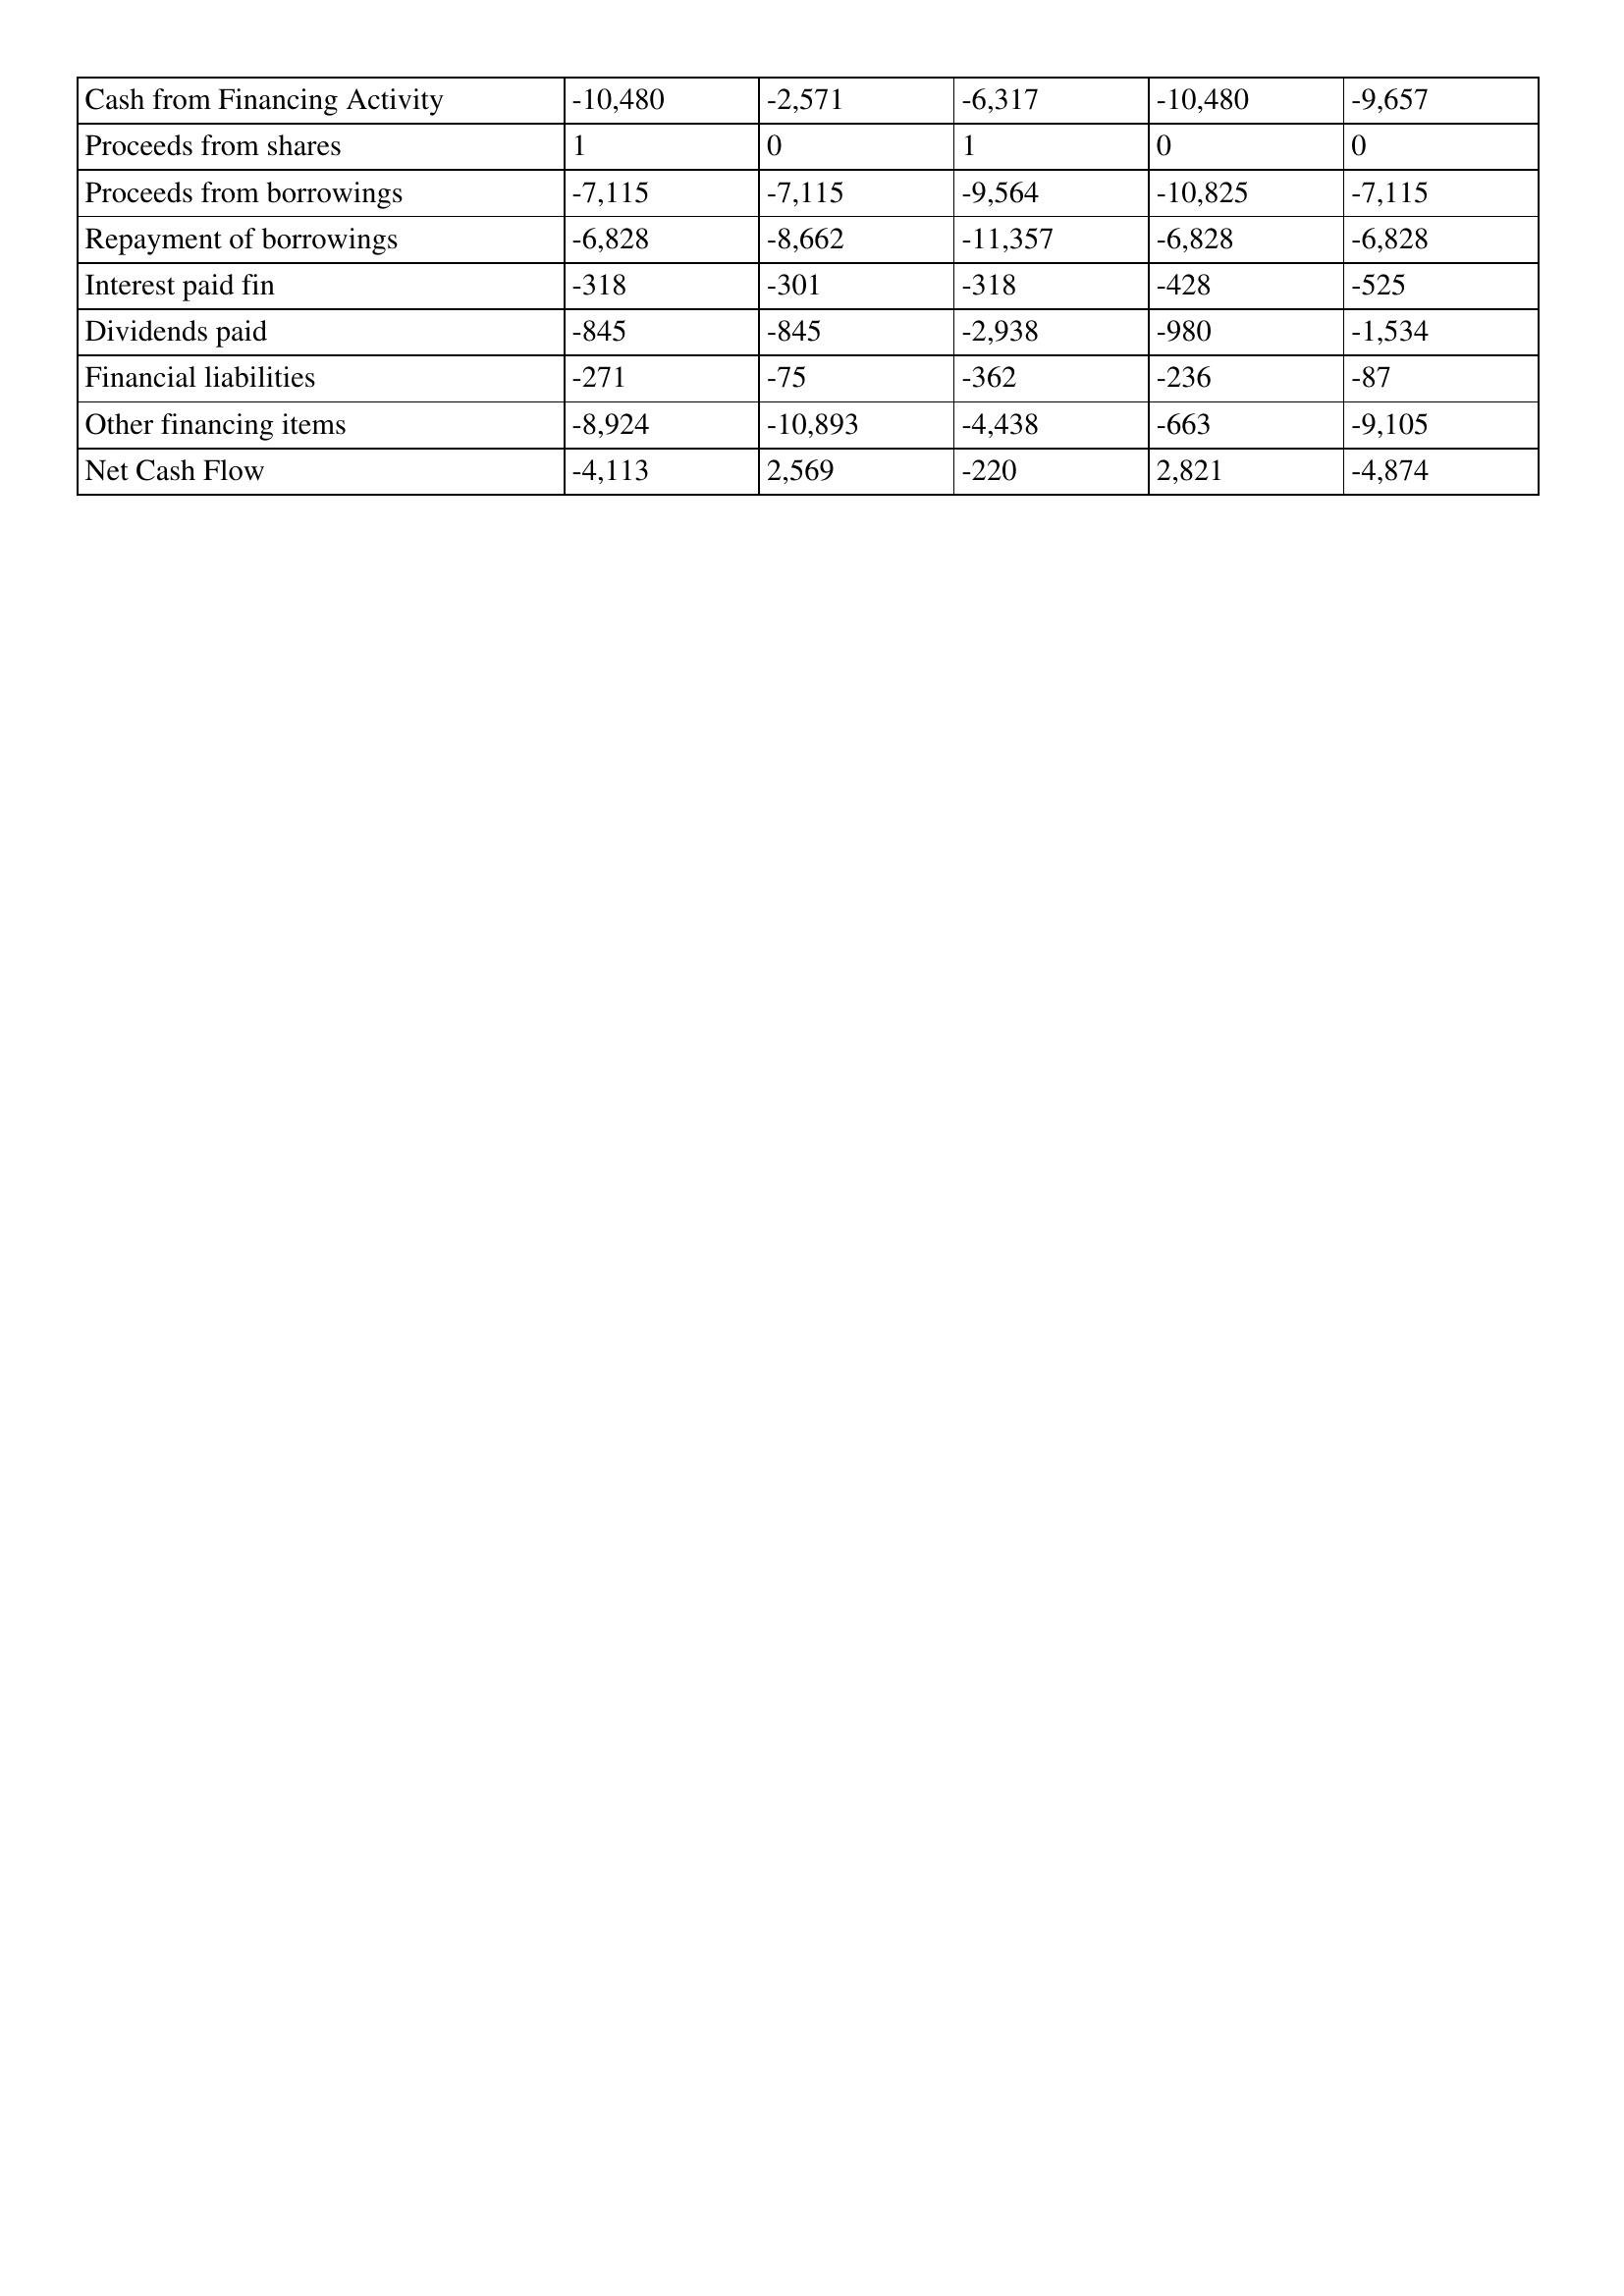
gt_parse: 2019: Cash Flows: Cash from Financing Activity: -10,480
Proceeds from shares: 1
Proceeds from borrowings: -7,115
Repayment of borrowings: -6,828
Interest paid fin: -318
Dividends paid: -845
Financial liabilities: -271
Other financing items: -8,924
Net Cash Flow: -4,113
2018: Cash Flows: Cash from Financing Activity: -2,571
Proceeds from shares: 0
Proceeds from borrowings: -7,115
Repayment of borrowings: -8,662
Interest paid fin: -301
Dividends paid: -845
Financial liabilities: -75
Other financing items: -10,893
Net Cash Flow: 2,569
2017: Cash Flows: Cash from Financing Activity: -6,317
Proceeds from shares: 1
Proceeds from borrowings: -9,564
Repayment of borrowings: -11,357
Interest paid fin: -318
Dividends paid: -2,938
Financial liabilities: -362
Other financing items: -4,438
Net Cash Flow: -220
2016: Cash Flows: Cash from Financing Activity: -10,480
Proceeds from shares: 0
Proceeds from borrowings: -10,825
Repayment of borrowings: -6,828
Interest paid fin: -428
Dividends paid: -980
Financial liabilities: -236
Other financing items: -663
Net Cash Flow: 2,821
2015: Cash Flows: Cash from Financing Activity: -9,657
Proceeds from shares: 0
Proceeds from borrowings: -7,115
Repayment of borrowings: -6,828
Interest paid fin: -525
Dividends paid: -1,534
Financial liabilities: -87
Other financing items: -9,105
Net Cash Flow: -4,874